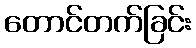
တောင်တက်ခြင်း